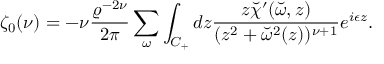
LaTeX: \zeta _ { 0 } ( \nu ) = - \nu { \frac { \varrho ^ { - 2 \nu } } { 2 \pi } } \sum _ { \omega } \int _ { C _ { + } } d z { \frac { z \breve { \chi } ^ { \prime } ( \breve { \omega } , z ) } { ( z ^ { 2 } + \breve { \omega } ^ { 2 } ( z ) ) ^ { \nu + 1 } } } e ^ { i \epsilon z } .